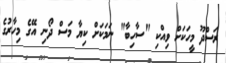
ރަސްދޫ މީހަކަށް ވިއްކި "ސާހިބާ" ނަމަކަށް ކިޔާ މަސް ދޯނި އޭގެ މިހާރުގެ